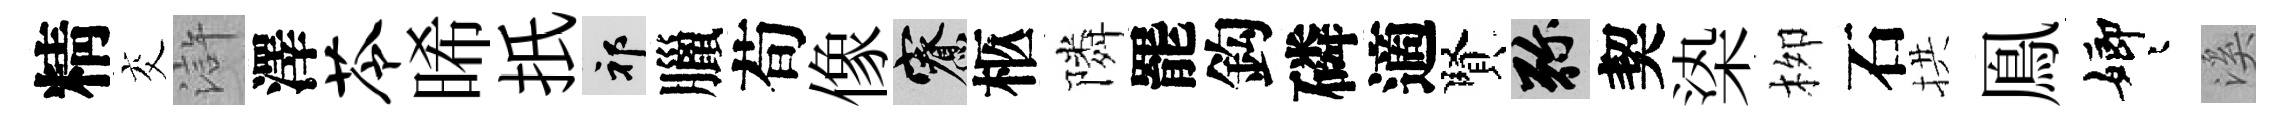
精交滸澤苓晞扺祁臘荀像寮柩隣罷鈎磷適賢弥契𣑱栁石拱鳯嫏迢溪